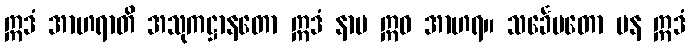
ဣဒံ အာဟရာတိ အသုကဋ္ဌာနတော ဣဒံ နာမ ဣဓ အာဟရ။ သင်္ခေပတော ပန ဣဒံ